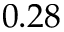
0 . 2 8